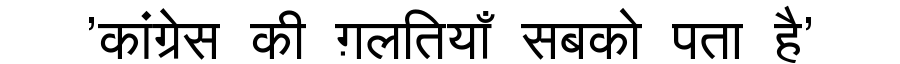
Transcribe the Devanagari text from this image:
'कांग्रेस की ग़लतियाँ सबको पता है'